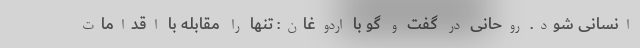
انسانی شود. روحانی در گفت و گو با اردوغان: تنها را مقابله با اقدامات